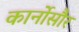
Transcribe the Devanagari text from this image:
कार्नोसौर